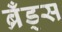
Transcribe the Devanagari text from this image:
ब्रँड्स